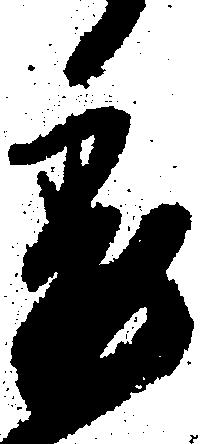
委